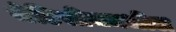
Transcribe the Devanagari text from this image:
मेडिसीनमधील